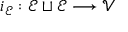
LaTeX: i _ { \mathcal { E } } : \mathcal { E } \sqcup \mathcal { E } \longrightarrow \mathcal { V }